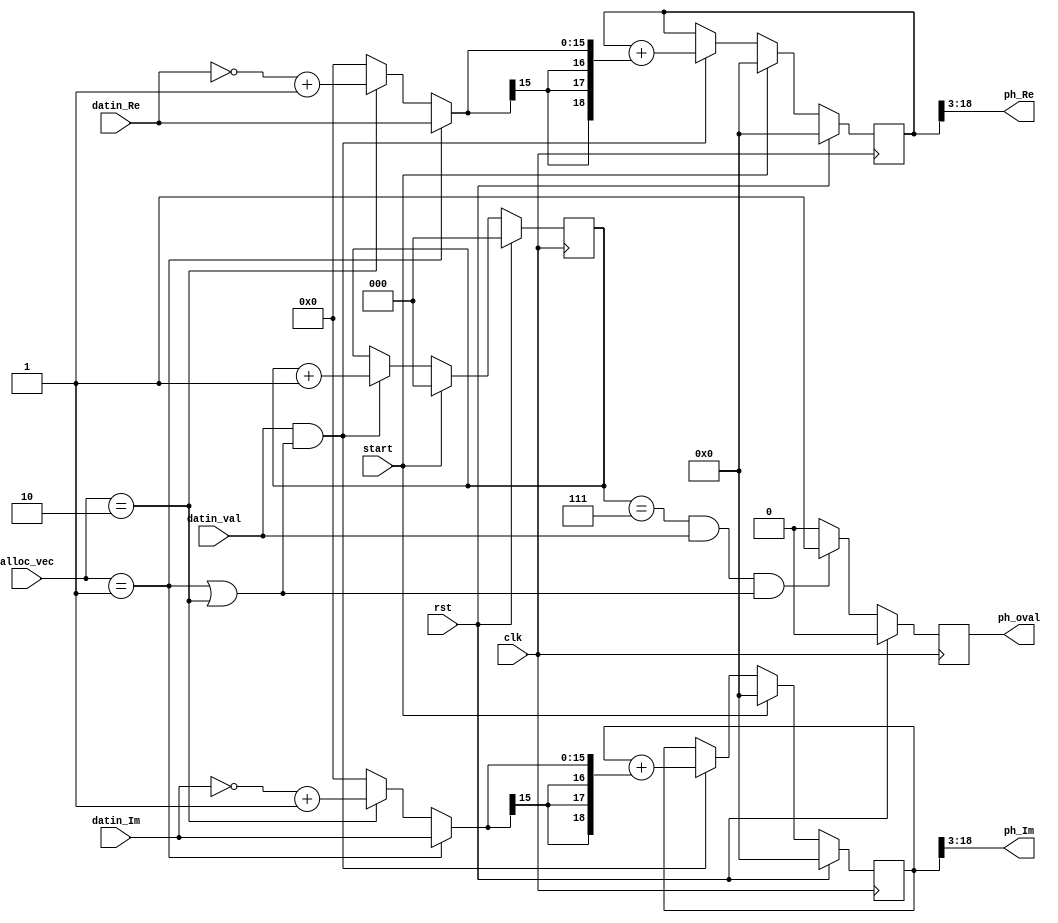
`timescale 1ns / 1ps
//////////////////////////////////////////////////////////////////////////////////
// Company: 
// Engineer: 
// 
// Design Name: 
// Module Name:    Ph_Est 
// Project Name: 
// Target Devices: 
// Tool versions: 
// Description: 
//
// Dependencies: 
//
// Revision: 
// Revision 0.01 - File Created
// Additional Comments: 
//
//////////////////////////////////////////////////////////////////////////////////
module PhTrack_Est(
	input 		 clk, rst, start, datin_val,
	input [15:0] datin_Re,		//Q 3.13		(Q10.6)
	input [15:0] datin_Im,		//Q 3.13		(Q10.6)
	input	[1:0]	 alloc_vec,
	output[15:0] ph_Re,		 
	output[15:0] ph_Im,
	output reg	 ph_oval
    );
wire P_pos = (alloc_vec == 2'b01);		// positve pilot
wire P_neg = (alloc_vec == 2'b10);		// negative pilot
wire [15:0] Pdiff_Re = (P_pos)? datin_Re :(P_neg)? (~datin_Re +1'b1): 16'd0; //different phase between transmitted and received pilots
wire [15:0] Pdiff_Im = (P_pos)? datin_Im :(P_neg)? (~datin_Im +1'b1): 16'd0;

//reg [17:0] Pacc_Re, Pacc_Im;
reg [18:0] Pacc_Re, Pacc_Im;
always @(posedge clk) begin
	if (rst)					begin	Pacc_Re <= 19'd0;
										Pacc_Im <= 19'd0;
								end
	else if (start)		begin	Pacc_Re <= 19'd0;
										Pacc_Im <= 19'd0;
								end
	else if (datin_val &(P_pos|P_neg))	begin	Pacc_Re <= Pacc_Re + {{3{Pdiff_Re[15]}},Pdiff_Re};
															Pacc_Im <= Pacc_Im + {{3{Pdiff_Im[15]}},Pdiff_Im};
								end
end

//reg [1:0] P_cnt;	//count for 4 pilots
reg [2:0] P_cnt;		//count for 8 pilots
always @(posedge clk) begin
	if (rst)	 									P_cnt <= 3'b0;
	else if (start)							P_cnt <= 3'b0;
	else if (datin_val &(P_pos|P_neg))	P_cnt <= P_cnt + 1'b1;
end

always @(posedge clk) begin
	if (rst)	 															ph_oval <= 1'b0;
	else if ((P_cnt == 3'b111)& datin_val &(P_pos|P_neg))	ph_oval <= 1'b1;
	else																	ph_oval <= 1'b0;
end

assign ph_Re		= Pacc_Re[18:3];		//Q3.13; (Q10.6)
assign ph_Im		= Pacc_Im[18:3];		//Q3.13; (Q10.6)

endmodule